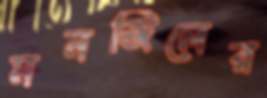
মনজিলের